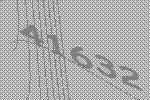
41632